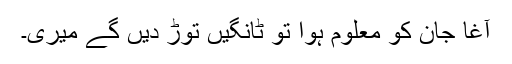
آغا جان کو معلوم ہوا تو ٹانگیں توڑ دیں گے میری۔